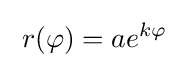
\;r(\varphi )=ae^{k\varphi }\;